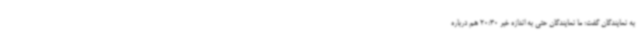
به نمایندگان گفت: ما نمایندگان حتی به اندازه خبر 20:30 هم درباره